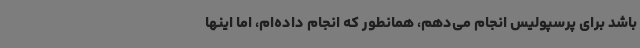
باشد برای پرسپولیس انجام می‌دهم، همانطور که انجام داده‌ام، اما اینها